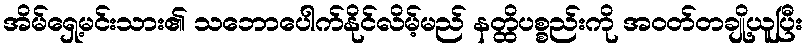
အိမ်ရှေ့မင်းသား၏ သဘောပေါက်နိုင်လိမ့်မည် နတ္ထိပစ္စည်းကို အဝတ်တချို့ယူပြီး